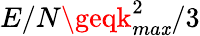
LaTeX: E/N\geqk_{ma\mathit{x}}^{2}/3